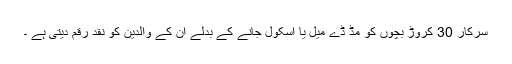
سرکار 30 کروڑ بچوں کو مڈ ڈے میل یا اسکول جانے کے بدلے ان کے والدین کو نقد رقم دیتی ہے ۔